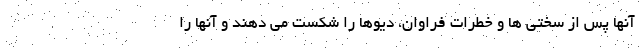
آنها پس از سختی ها و خطرات فراوان، دیوها را شکست می دهند و آنها را